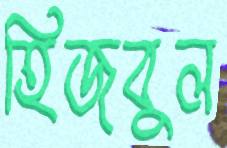
হিজবুল